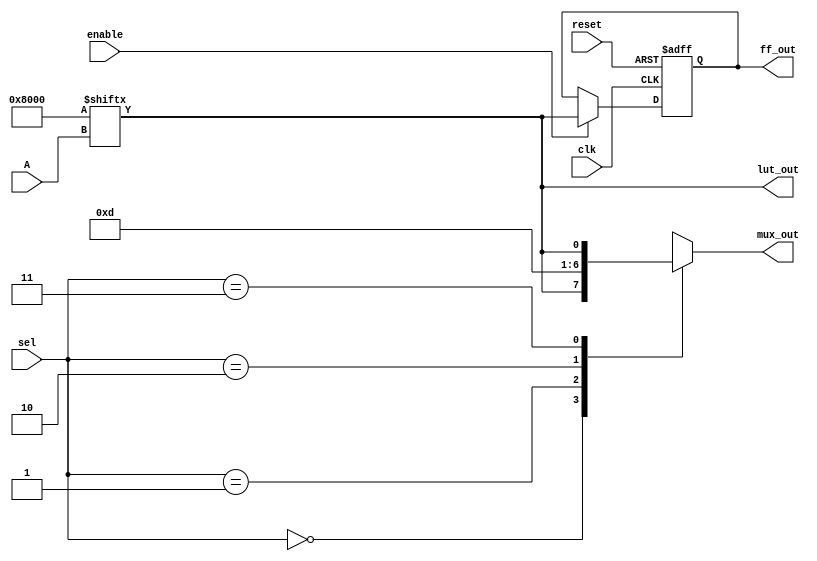
module CLB (
    input wire [3:0] A,                    // 4-bit input to the LUT
    input wire [1:0] sel,                  // Select lines for the multiplexer
    input wire clk,                         // Clock signal
    input wire enable,                      // Enable signal for the flip-flop
    input wire reset,                       // Reset signal
    output reg [1:0] mux_out,              // Output from the multiplexer
    output reg lut_out,                     // Output from the LUT
    output reg ff_out                       // Output from the flip-flop
);

    // Configuration memory for the LUT (example: a simple AND function)
    reg [15:0] lut_mem;                     // 4-input LUT can have 16 combinations

    // Initialize the LUT with a simple function (A0 & A1 & A2 & A3)
    initial begin
        lut_mem = 16'b0000000000000000; // All zero
        lut_mem[15] = 1'b1;              // A3 A2 A1 A0 = 1 => outputs 1
    end

    // LUT operation
    always @(*) begin
        lut_out = lut_mem[{A[3], A[2], A[1], A[0]}]; // Get LUT output based on inputs
    end

    // Multiplexer Logic
    always @(*) begin
        case(sel)
            2'b00: mux_out = {lut_out, 1'b0};   // Select LUT output and '0'
            2'b01: mux_out = {1'b0, 1'b1};       // Select '0' and '1'
            2'b10: mux_out = {1'b1, 1'b0};       // Select '1' and '0'
            2'b11: mux_out = {1'b1, lut_out};    // Select '1' and LUT output
            default: mux_out = 2'b00;            // Default case
        endcase
    end

    // Flip-Flop (optional for combinational designs)
    always @(posedge clk or posedge reset) begin
        if (reset) begin
            ff_out <= 1'b0; // Reset the flip-flop output
        end else if (enable) begin
            ff_out <= lut_out; // Store LUT output
        end
    end

endmodule